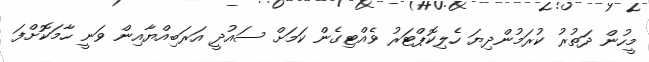
މީހުން ދަތުރު ކުރަމުންދިޔަ ހެލިކޮޕްޓަރު ވެއްޓިގެން ކަމަށް ސައުދީ އަރަބިއްޔާއިން ވަނީ ހާމަކޮށްފަ